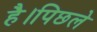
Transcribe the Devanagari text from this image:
है।पिछले